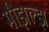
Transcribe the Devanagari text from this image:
मीझल्झ